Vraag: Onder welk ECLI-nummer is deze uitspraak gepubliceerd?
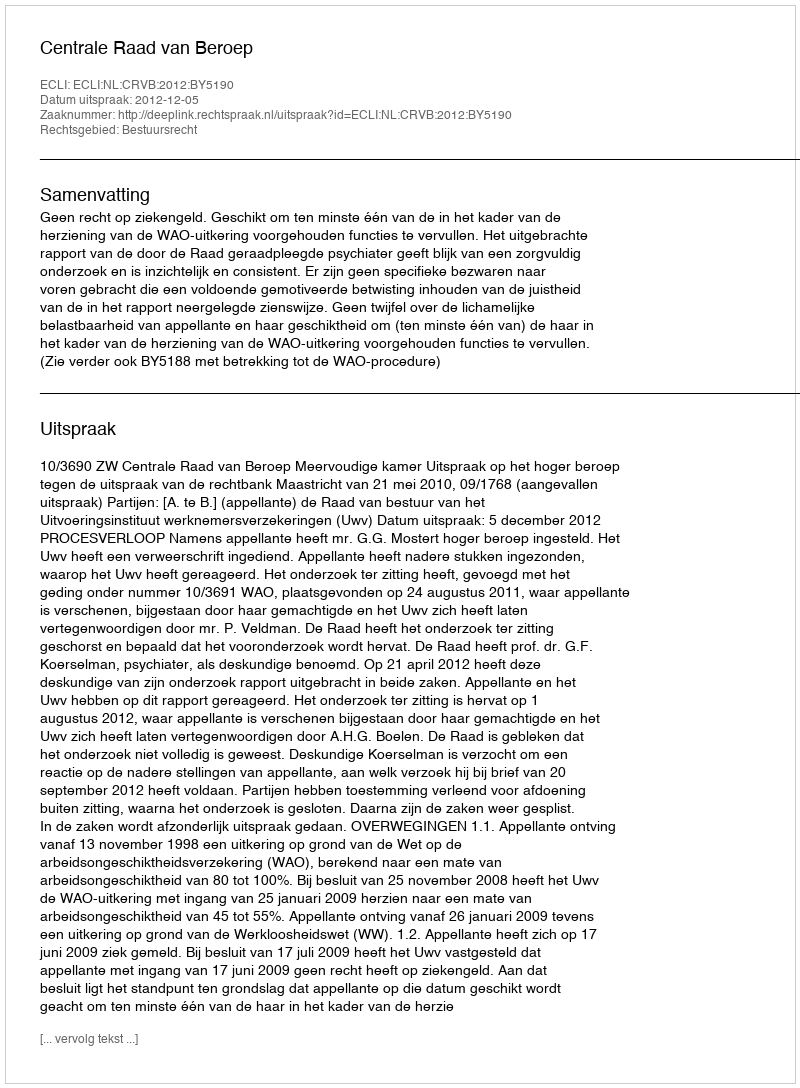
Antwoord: ECLI:NL:CRVB:2012:BY5190